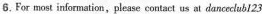
6.For mot information，please contact us at dancedubl23